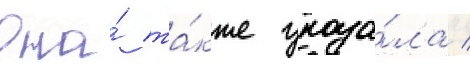
Она́ та́кже указа́ла /